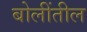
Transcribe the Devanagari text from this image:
बोलींतील